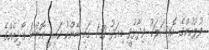
ފުލުހުންގެ އޮފިޝަލަކު ވިދާޅުވީ މިއަދު 1:30 ގައި ބޭންކު ކައިރީ އޮންނަ ގޯޅިއެއްގެ